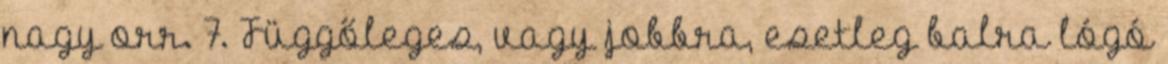
nagy orr. 7. Függőleges, vagy jobbra, esetleg balra lógó